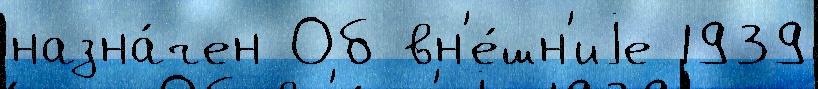
назна́чен Об вн'е́шн'иjе 1939